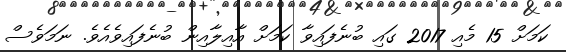
ކަމަށް 15 މެއި 2017 ގައި ބުނެފައިވާ ކަމަށް އާއިލާއިން ބުނެފައިވެއެވެ. ނަމަވެސް